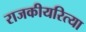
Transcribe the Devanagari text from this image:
राजकीयरित्या